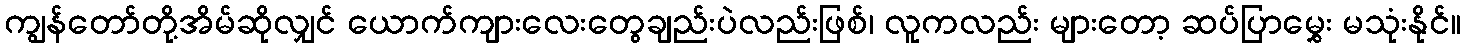
ကျွန်တော်တို့အိမ်ဆိုလျှင် ယောက်ကျားလေးတွေချည်းပဲလည်းဖြစ်၊ လူကလည်း များတော့ ဆပ်ပြာမွှေး မသုံးနိုင်။